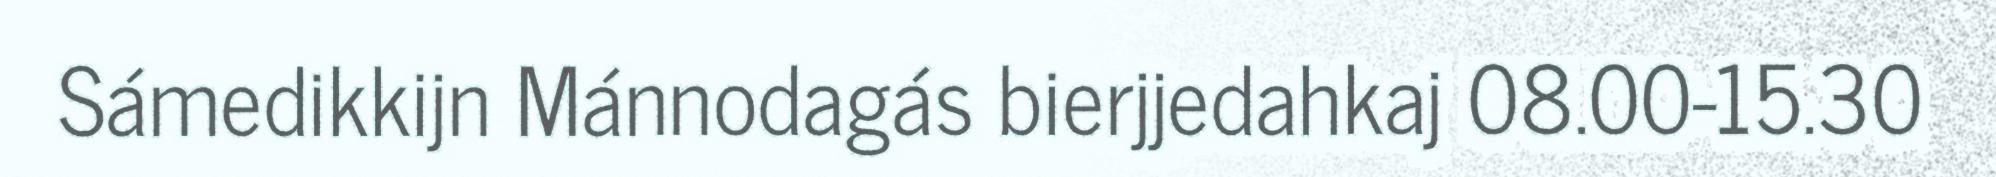
Sámedikkijn Mánnodagás bierjjedahkaj 08.00-15.30